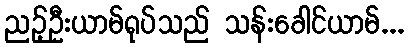
ညဉ့်ဦးယာမ်ရုပ်သည် သန်းခေါင်ယာမ်...